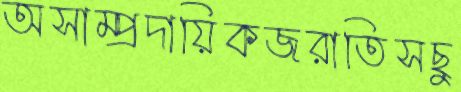
অসাম্প্রদায়িকজরাতিসছু